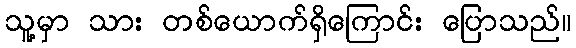
သူ့မှာ သား တစ်ယောက်ရှိကြောင်း ပြောသည်။